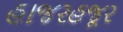
હાજરહજૂર